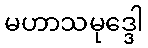
မဟာသမုဒ္ဒေါ